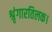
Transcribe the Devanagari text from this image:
श्रृंगारतिलक।